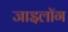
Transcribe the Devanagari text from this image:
जाइलॉग